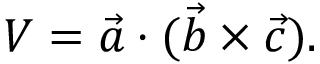
V = \vec { a } \cdot ( \vec { b } \times \vec { c } ) .